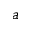
a